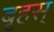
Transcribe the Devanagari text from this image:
बृहस्